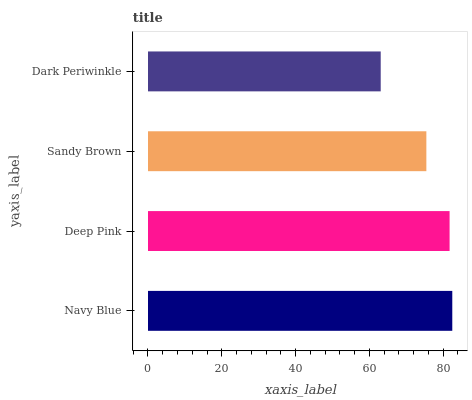
| yaxis_label | bars |
 | --- | --- |
 | Navy Blue | 82.5 |
 | Deep Pink | 81.8 |
 | Sandy Brown | 75.5 |
 | Dark Periwinkle | 63.1 |